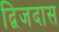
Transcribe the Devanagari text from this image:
द्विजदास